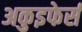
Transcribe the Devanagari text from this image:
अकुइफेर्स